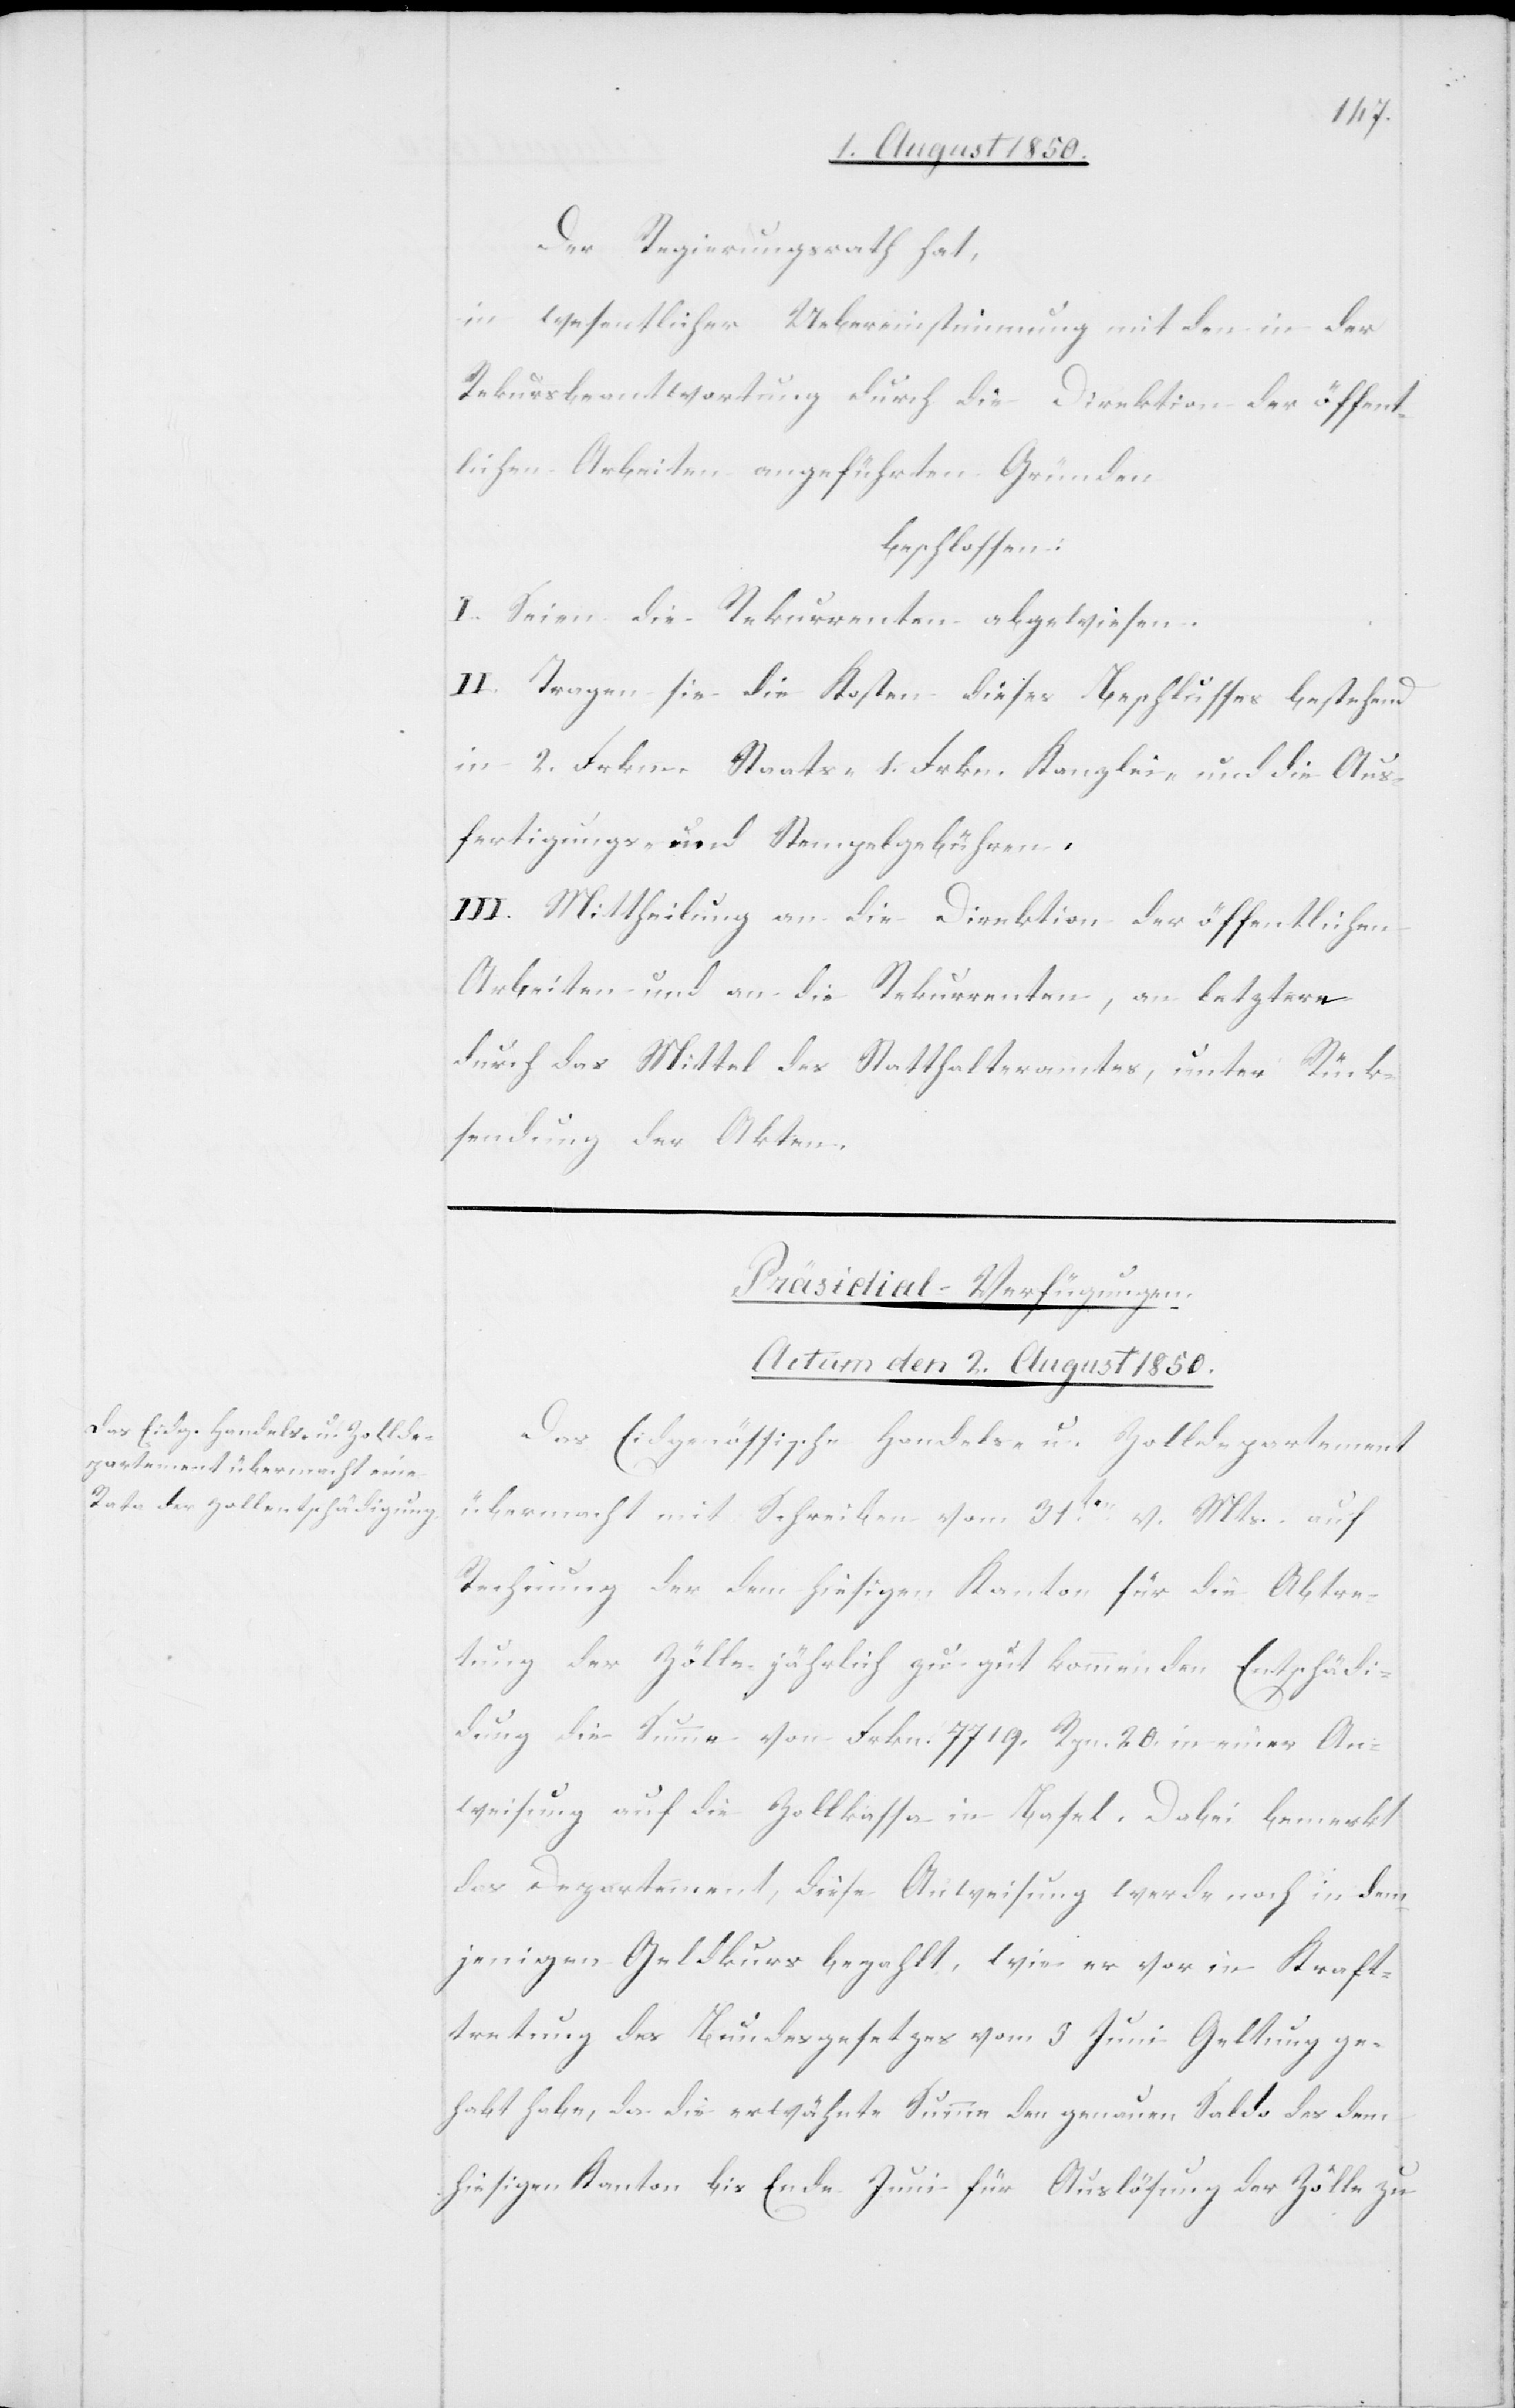
Der Regierungsrath hat,
in wesentlicher Uebereinstimmung mit den in der
Rekursbeantwortung durch die Direktion der öffent¬
lichen Arbeiten angeführten Gründen
beschlossen:
I. Seien die Rekurrenten abgewiesen.
II. Tragen sie die Kosten dieses Beschlusses bestehend
in 2. Frkn. Staats- 1. Frkn. Kanzlei- und die Aus¬
fertigungs- und Stempelgebühren.
III. Mittheilung an die Direktion der öffentlichen
Arbeiten und an die Rekurrenten, an letztere
durch das Mittel des Statthalteramtes, unter Rück¬
sendung der A¬
kten.
Präsidial-Verfügungen.
Actum den 2. August 1850.
Das Eidgenössische Handels- u. Zolldepartement
übermacht mit Schreiben vom 31ten v. Mts. auf
Rechnung der dem hiesigen Kanton für die Abtre¬
tung der Zölle jährlich zu gut kommenden Entschädi¬
gung die Summe von Frkn. 7719. Rpn. 20. in einer An¬
weisung auf die Zollkassa in Basel. Dabei bemerkt
das Departement, diese Anweisung werde noch in dem¬
jenigen Geldkurs bezahlt, wie er vor in Kraft¬
tretung des Bundesgesetzes vom 3. Juni Geltung ge¬
habt habe, da die erwähnte Summe den genauen Saldo des dem
hieisgen Kanton bis Ende Juni für Auslösung der Zölle zu